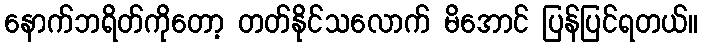
နောက်ဘရိတ်ကိုတော့ တတ်နိုင်သလောက် မိအောင် ပြန်ပြင်ရတယ်။